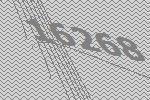
16268